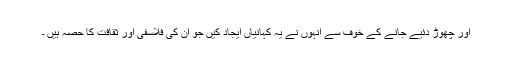
اور چھوڑ دئیے جانے کے خوف سے انہوں نے یہ کہانیاں ایجاد کیں جو ان کی فلاسفی اور ثقافت کا حصہ ہیں ۔